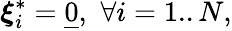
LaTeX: \boldsymbol{\xi}_{i}^{*}=\underline{{0}},\, \, \forall i=1..N,